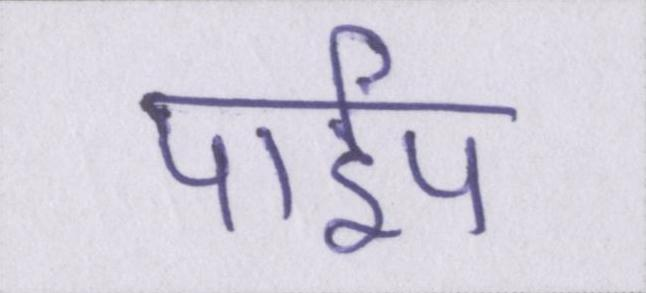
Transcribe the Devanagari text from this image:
पाईप